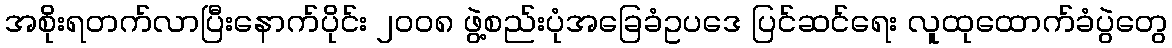
အစိုးရတက်လာပြီးနောက်ပိုင်း ၂၀၀၈ ဖွဲ့စည်းပုံအခြေခံဥပဒေ ပြင်ဆင်ရေး လူထုထောက်ခံပွဲတွေ